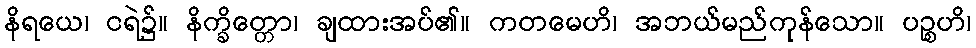
နိရယေ၊ ငရဲ၌။ နိက္ခိတ္တော၊ ချထားအပ်၏။ ကတမေဟိ၊ အဘယ်မည်ကုန်သော။ ပဉ္စဟိ၊